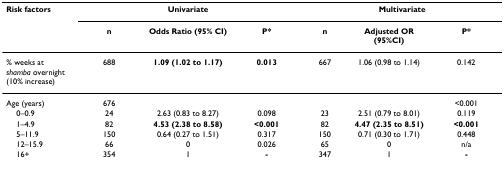
<table><thead><tr><td><b>Risk factors</b></td><td colspan="3"><b>Univariate</b></td><td colspan="3"><b>Multivariate</b></td></tr><tr><td></td><td><b>n</b></td><td><b>Odds Ratio (95% CI)</b></td><td><b>P*</b></td><td><b>n</b></td><td><b>Adjusted OR (95%CI)</b></td><td><b>P*</b></td></tr></thead><tbody><tr><td>% weeks at <i>shamba </i>overnight (10% increase)</td><td>688</td><td><b>1.09 (1.02 to 1.17)</b></td><td><b>0.013</b></td><td>667</td><td>1.06 (0.98 to 1.14)</td><td>0.142</td></tr><tr><td>Age (years)</td><td>676</td><td></td><td></td><td></td><td></td><td>&lt;0.001</td></tr><tr><td> 0–0.9</td><td>24</td><td>2.63 (0.83 to 8.27)</td><td>0.098</td><td>23</td><td>2.51 (0.79 to 8.01)</td><td>0.119</td></tr><tr><td> 1–4.9</td><td>82</td><td><b>4.53 (2.38 to 8.58)</b></td><td><b>&lt;0.001</b></td><td>82</td><td><b>4.47 (2.35 to 8.51)</b></td><td><b>&lt;0.001</b></td></tr><tr><td> 5–11.9</td><td>150</td><td>0.64 (0.27 to 1.51)</td><td>0.317</td><td>150</td><td>0.71 (0.30 to 1.71)</td><td>0.448</td></tr><tr><td> 12–15.9</td><td>66</td><td>0</td><td>0.026</td><td>65</td><td>0</td><td>n/a</td></tr><tr><td> 16+</td><td>354</td><td>1</td><td><b>-</b></td><td>347</td><td>1</td><td><b>-</b></td></tr></tbody></table>